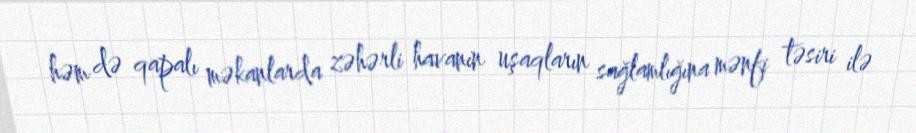
həm də qapalı məkanlarda zəhərli havanın uşaqların sağlamlığına mənfi təsiri ilə